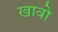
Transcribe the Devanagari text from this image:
खावो